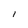
Character: 1